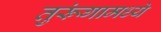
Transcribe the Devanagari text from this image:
तुरूंगामध्ये